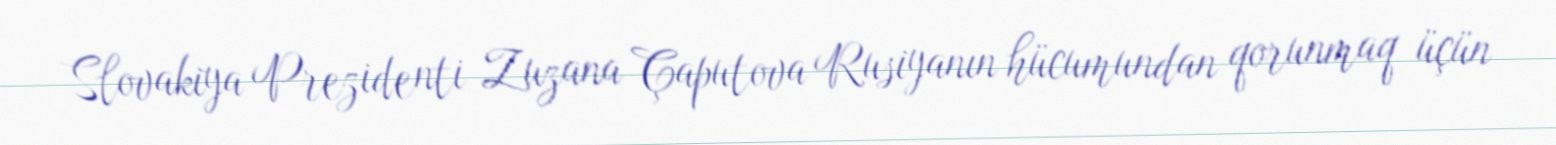
Slovakiya Prezidenti Zuzana Çaputova Rusiyanın hücumundan qorunmaq üçün